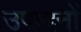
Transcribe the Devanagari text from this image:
उपादनों